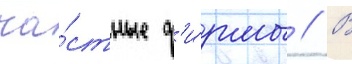
ча́стные ф'и́рмы // В